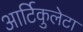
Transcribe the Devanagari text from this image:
आर्टिकुलेटा